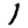
Digit: 1